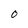
Character: o